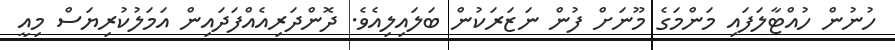
ހުނުން ހުއްޓާލަފައި މަންމަގެ މޫނަށް ފުން ނަޒަރަކުން ބަލައިލިއެވެ. ދޮންދަރިއެއްފަދައިން އަމަލުކުރިޔަސް މިއީ